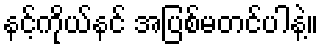
နင့်ကိုယ်နင် အပြစ်မတင်ပါနဲ့။